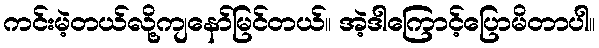
ကင်းမဲ့တယ်လို့ကျနော်မြင်တယ်။ အဲ့ဒါကြောင့်ပြောမိတာပါ။